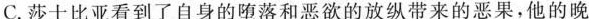
C.莎士比亚看到了自身的堕落和恶欲的放纵带来的恶果，他的晚